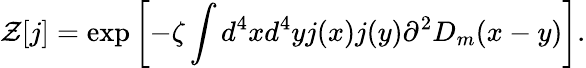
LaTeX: {\cal Z}[j]=\exp\left[-\zeta\int d^{4}xd^{4}yj(x)j(y)\partial^{2}D_{m}(x-y)\right].